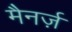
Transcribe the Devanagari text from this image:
मैनर्ज़